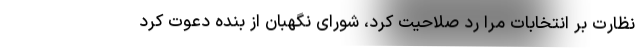
نظارت بر انتخابات مرا رد صلاحیت کرد، شورای نگهبان از بنده دعوت کرد